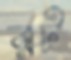
রট